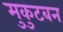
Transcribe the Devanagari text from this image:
मुकुटबन